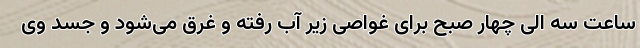
ساعت سه الی چهار صبح برای غواصی زیر آب رفته و غرق می‌شود و جسد وی